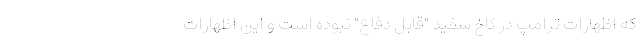
که اظهارات ترامپ در کاخ سفید "قابل دفاع" نبوده است و این اظهارات